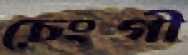
চেংগী